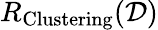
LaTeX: R_{\mathrm{Clustering}}({\mathcal{D}})